Indian journal of veterinary science and animal husbandry - Volume 7,
Year: 1937
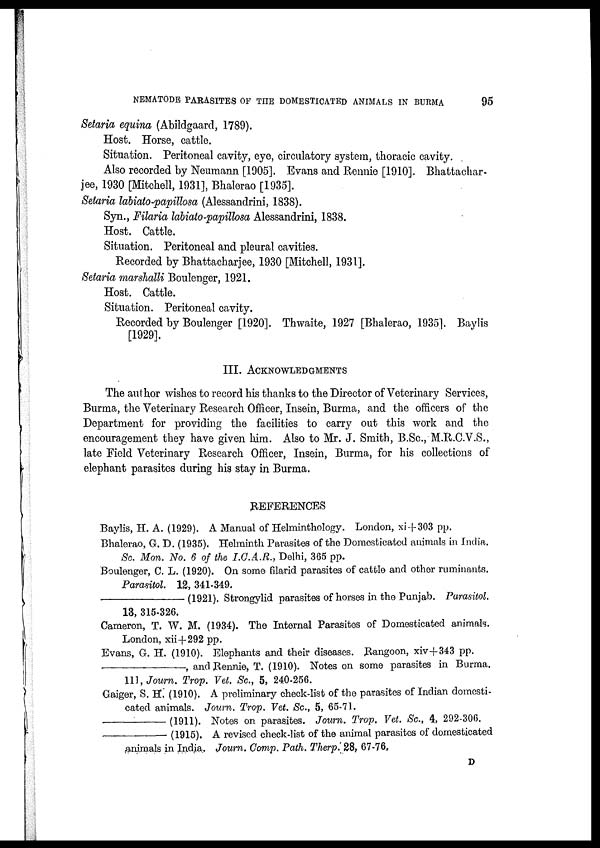
NEMATODE PARASITES OF THE DOMESTICATED ANIMALS IN BURMA
95
Setaria equina (Abildgaard, 1789).
Host. Horse, cattle.
Situation. Peritoneal cavity, eye, circulatory system, thoracic cavity.
Also recorded by Neumann [1905]. Evans and Rennie [1910]. Bhattachar¬
jee, 1930 [Mitchell, 1931], Bhalerao [1935].
Setaria labiato-papillosa (Alessandrini, 1838).
Syn., Filaria labiato-papillosa Alessandrini, 1838.
Host. Cattle.
Situation. Peritoneal and pleural cavities.
Recorded by Bhattacharjee, 1930 [Mitchell, 1931].
Setaria marshalli Boulenger, 1921.
Host. Cattle.
Situation. Peritoneal cavity.
Recorded by Boulenger [1920]. Thwaite, 1927 [Bhalerao, 1935]. Baylis
[1929].
III. ACKNOWLEDGMENTS
The author wishes to record his thanks to the Director of Veterinary Services,
Burma, the Veterinary Research Officer, Insein, Burma, and the officers of the
Department for providing the facilities to carry out this work and the
encouragement they have given him. Also to Mr. J. Smith, B.Sc, M.R.C.V.S.,
late Field Veterinary Research Officer, Insein, Burma, for his collections of
elephant parasites during his stay in Burma.
REFERENCES
Baylis, H. A. (1929). A Manual of Helminthology. London, xi + 303 pp.
Bhalerao, G. D. (1935). Helminth Parasites of the Domesticated animals in India.
Sc. Mon. No. 6 of the I.C.A. R., Delhi, 365 pp.
Boulenger, C. L. (1920). On some filarid parasites of cattle and other ruminants.
Parasitol. 12, 341-349.
—(1921).
Strongylid parasites of horses in the Punjab. Parasitol.
13, 315-326.
Cameron, T. W. M. (1934). The Internal Parasites of Domesticated animals.
London, xii+292 pp.
Evans, G. H. (1910). Elephants and their diseases. Rangoon, xiv+343 pp.
—,
and Rennie, T. (1910). Notes on some parasites in Burma.
111, Journ. Trop. Vet. Sc., 5, 240-256.
Gaiger, S. H. (1910). A preliminary check-list of the parasites of Indian domesti-
cated animals. Journ. Trop. Vet. Sc., 5, 65-71.
—(1911).
Notes on parasites. Journ. Trop. Vet. Sc., 4, 292-306.
—(1915).
A revised check-list of the animal parasites of domesticated
animals in India. Journ. Comp. Path. Therp. 28, 67-76,
D